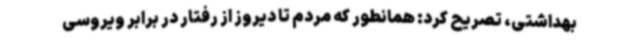
بهداشتی، تصریح کرد: همانطور که مردم تا دیروز از رفتار در برابر ویروسی